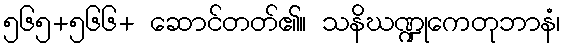
၅၆၅+၅၆၆+ ဆောင်တတ်၏။ သနိဃဏ္ဍုကေတုဘာနံ၊